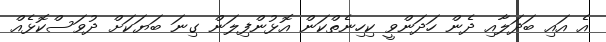
އެ އައި ބަދަލާއި ދެން ހަދަންވީ ކިހިނެތްކަން އޮޅުންފިލަން ގިނަ ބަޔަކަށް ދުވަސްކޮޅެއް